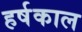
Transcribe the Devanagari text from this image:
हर्षकाल